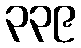
၃၃၉